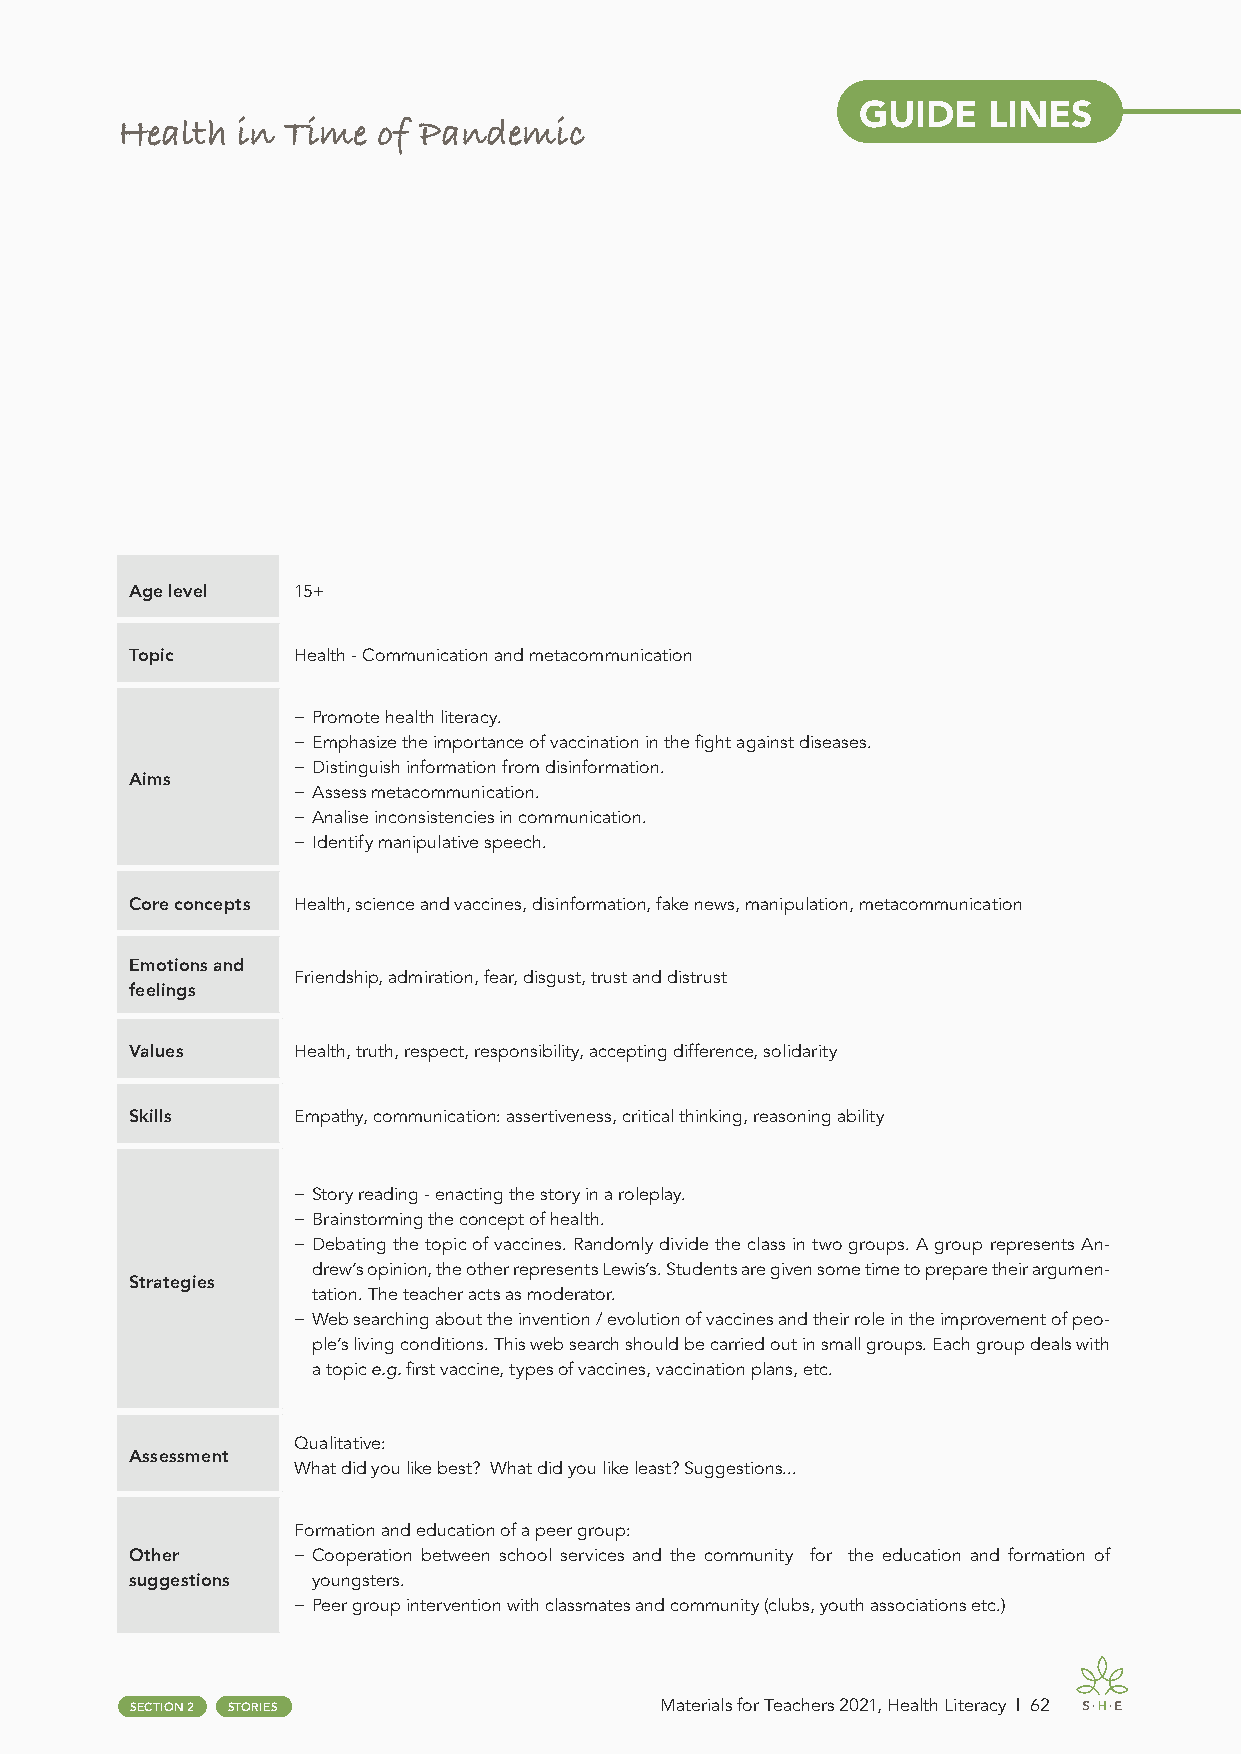
GUIDE   LINES
 Health  in Time  of Pandemic
 Age level 15+
 Topic     Health - Communication and metacommunication
 − Promote health literacy.
 − Emphasize the importance of vaccination in the fight against diseases.
 − Distinguish information from disinformation.
 Aims
 − Assess metacommunication.
 − Analise inconsistencies in communication.
 − Identify manipulative speech.
 Core concepts Health, science and vaccines, disinformation, fake news, manipulation, metacommunication
 Emotions and
 Friendship, admiration, fear, disgust, trust and distrust
 feelings
 Values    Health, truth, respect, responsibility, accepting difference, solidarity
 Skills    Empathy, communication: assertiveness, critical thinking, reasoning ability
 − Story reading - enacting the story in a roleplay.
 − Brainstorming the concept of health.
 − Debating the topic of vaccines. Randomly divide the class in two groups. A group represents An-
 drew’s opinion, the other represents Lewis’s. Students are given some time to prepare their argumen-
 Strategies
 tation. The teacher acts as moderator.
 − Web searching about the invention / evolution of vaccines and their role in the improvement of peo-
 ple’s living conditions. This web search should be carried out in small groups. Each group deals with
 a topic e.g. first vaccine, types of vaccines, vaccination plans, etc.
 Qualitative:
 Assessment
 What did you like best? What did you like least? Suggestions...
 Formation and education of a peer group:
 Other     − Cooperation between school services and the community for the education and formation of
 suggestions youngsters.
 − Peer group intervention with classmates and community (clubs, youth associations etc.)
 SECTION 2 STORIES                  Materials for Teachers 2021, Health Literacy | 62